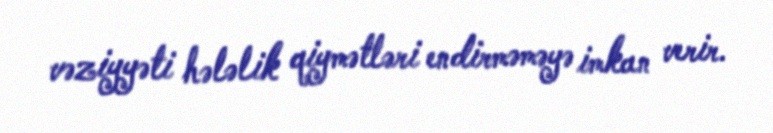
vəziyyəti hələlik qiymətləri endirməməyə imkan verir.